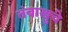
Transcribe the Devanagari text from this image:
तंबाखुचे